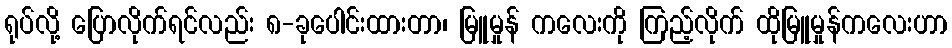
ရုပ်လို့ ပြောလိုက်ရင်လည်း ၈-ခုပေါင်းထားတာ၊ မြူမှုန် ကလေးကို ကြည့်လိုက် ထိုမြူမှုန်ကလေးဟာ